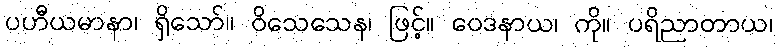
ပဟီယမာနာ၊ ရှိသော်။ ဝိသေသေန၊ ဖြင့်။ ဝေဒနာယ၊ ကို။ ပရိညာတာယ၊